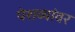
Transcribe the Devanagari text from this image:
पेशव्यांवर